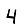
Digit: 4